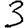
Digit: 3